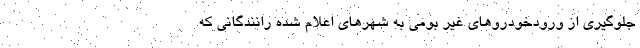
جلوگیری از ورودخودروهای غیر بومی به شهرهای اعلام شده رانندگانی که